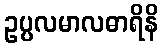
ဥပ္ပလမာလဓာရိနိ